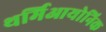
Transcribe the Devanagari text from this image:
थर्मिआयोनिक